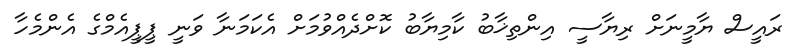
ރައީސް ޔާމީނަށް ރިޔާސީ އިންތިޚާބު ކާމިޔާބު ކޮށްދެއްވުމަށް އެކަމަނާ ވަނީ ޕީޕީއެމްގެ އެންމެހާ